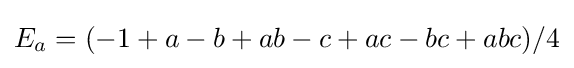
E_{a}=(-1+a-b+ab-c+ac-bc+abc)/4